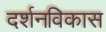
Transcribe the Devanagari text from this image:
दर्शनविकास